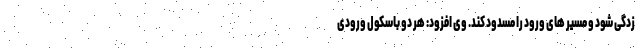
زدگی شود و مسیر های ورود را مسدود کند. وی افزود: هر دو باسکول ورودی